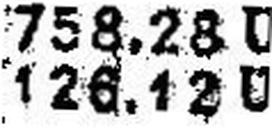
126.12 U